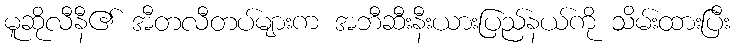
မူဆိုလီနီ၏ အီတလီတပ်များက အဘီဆီးနီးယားပြည်နယ်ကို သိမ်းထားပြီး